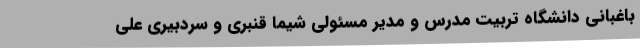
باغبانی دانشگاه تربیت مدرس و مدیر مسئولی شیما قنبری و سردبیری علی